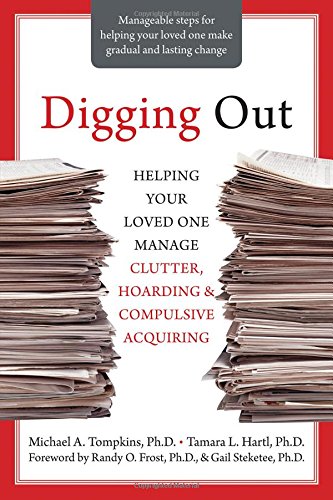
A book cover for Digging Out: Helping Your Loved One Manage Clutter, Hoarding, and Compulsive Acquiring; Michael A. Tompkins; Health, Fitness & Dieting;